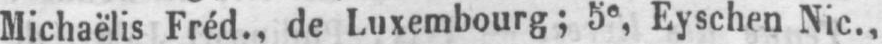
Michaëlis Fréd., de Luxembourg; 5e, Eyschen Nic.,